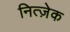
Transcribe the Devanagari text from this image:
नित्ज़ेक